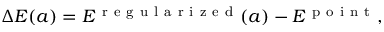
\Delta E ( a ) = E ^ { \mathrm { ~ r ~ e ~ g ~ u ~ l ~ a ~ r ~ i ~ z ~ e ~ d ~ } } ( a ) - E ^ { \mathrm { ~ p ~ o ~ i ~ n ~ t ~ } } ,